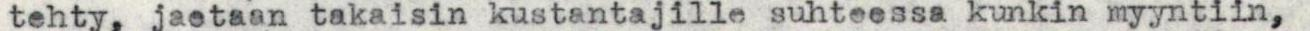
tehty, jaetaan takaisin kustantajille suhteessa kunkin myyntiin,